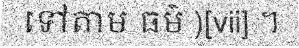
ទៅតាម ធម៌ )[vii] ។